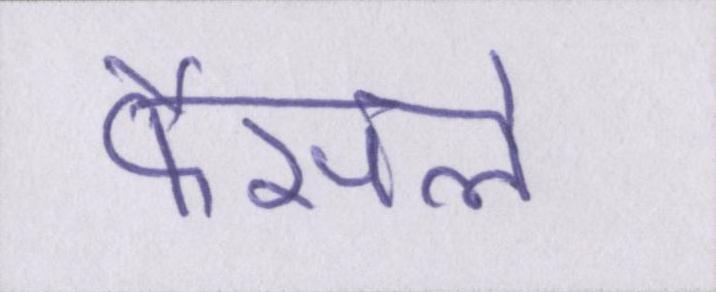
फैसले